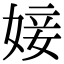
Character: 𡞘